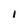
Character: I